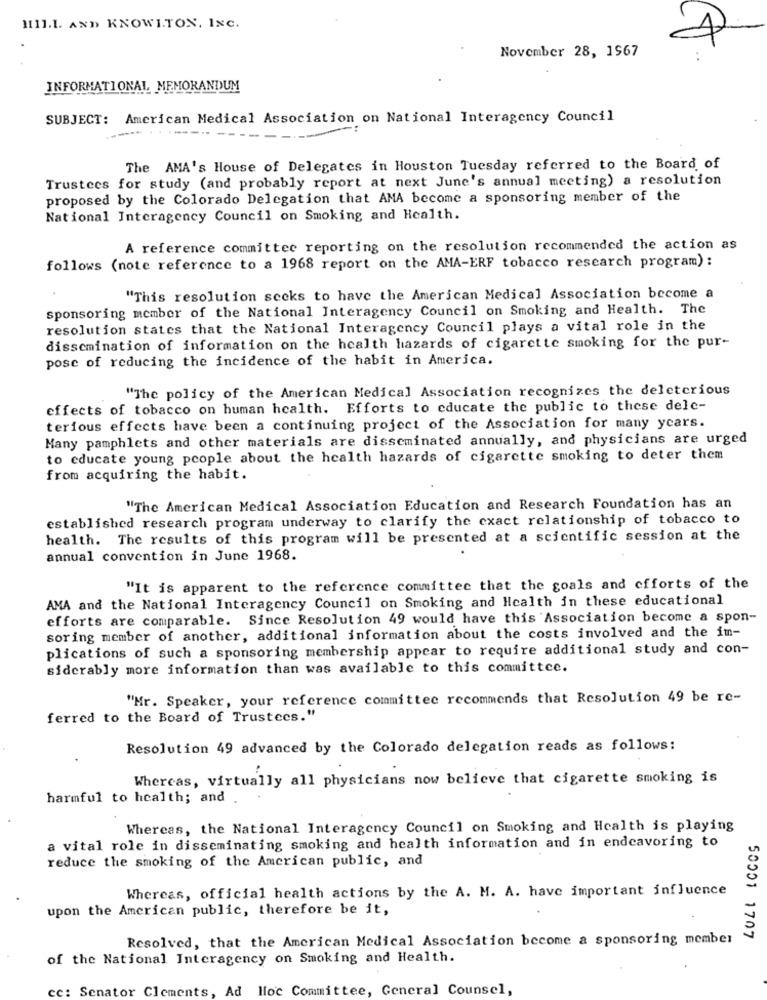
1111.1. AND KNOWITON, INC.
November 28, 1967
INFORMATIONAL, MEMORANDUM
SUBJECT: American Medical Association on National Interagency Council
---.. ...
The AMA's House of Delegates in Houston Tuesday referred to the Board of
Trustees for study (and probably report at next June's annual meeting) a resolution
proposed by the Colorado Delegation that AMA become a sponsoring member of the
National Interagency Council on Smoking and Health.
A reference committee reporting on the resolution recommended the action as
follows (note reference to a 1968 report on the AMA-ERF tobacco research program) :
"This resolution seeks to have the American Medical Association become a
sponsoring member of the National Interagency Council on Smoking and Health. The
resolution states that the National Interagency Council plays a vital role in the
dissemination of information on the health hazards of cigarette smoking for the pur-
pose of reducing the incidence of the habit in America.
"The policy of the American Medical Association recognizes the deleterious
effects of tobacco on human health. Efforts to educate the public to these dele-
terious effects have been a continuing project of the Association for many years.
Many pamphlets and other materials are disseminated annually, and physicians are urged
to educate young people about the health hazards of cigarette smoking to deter them
from acquiring the habit.
"The American Medical Association Education and Research Foundation has an
established research program underway to clarify the exact relationship of tobacco to
health. The results of this program will be presented at a scientific session at the
annual convention in June 1968.
"It is apparent to the reference committee that the goals and efforts of the
AMA and the National Interagency Council on Smoking and Health in these educational
efforts are comparable. Since Resolution 49 would have this Association become a spon-
soring member of another, additional information about the costs involved and the im-
plications of such a sponsoring membership appear to require additional study and con-
siderably more information than was available to this committee.
"Mr. Speaker, your reference committee recommends that Resolution 49 be re-
ferred to the Board of Trustees."
Resolution 49 advanced by the Colorado delegation reads as follows:
Whereas, virtually all physicians now believe that cigarette smoking is
harmful to health; and
Whereas, the National Interagency Council on Smoking and Health is playing
a vital role in disseminating smoking and health information and in endeavoring to
reduce the smoking of the American public, and
Whereas, official health actions by the A. M. A. have important influence
upon the American public, therefore be it,
Resolved, that the American Medical Association become a sponsoring member
50001 1707
of the National Interagency on Smoking and Health.
cc: Senator Clements,
Ad
Moc Committee, General Counsel,